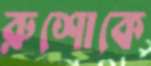
রুশোকে